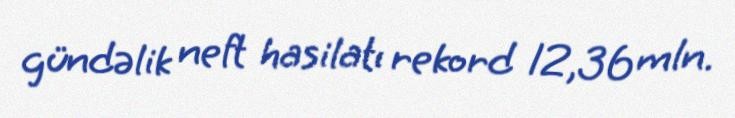
gündəlik neft hasilatı rekord 12,36 mln.